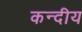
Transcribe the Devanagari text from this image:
कन्दीय